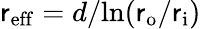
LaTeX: \mathsf{r}_{\mathrm{{eff}}}=d/\! \ln(\mathsf{r}_{\mathrm{{o}}}/\mathsf{r}_{\mathrm{{i}}})